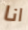
انا